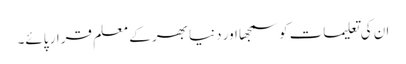
ان کی تعلیمات کو سمجھا اور دنیا بھر کے معلم قرار پائے۔